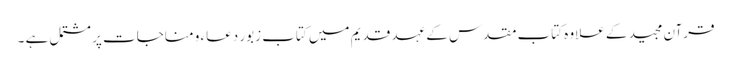
قرآن مجید کے علاوہ کتاب مقدس کے عہد قدیم میں کتاب زبور دعاء و مناجات پر مشتمل ہے ۔